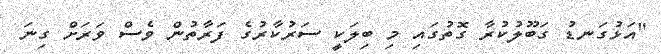
"އަޅުގަނޑު ގަބޫލުކުރާ ގޮތުގައި މި ބިލަކީ ސަރުކާރުގެ ފަރާތުން ވެސް ވަރަށް ގިނަ